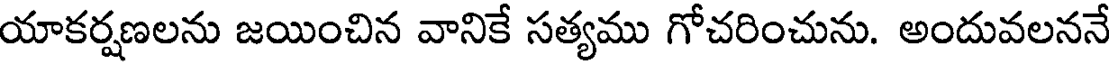
యాకర్షణలను జయించిన వానికే సత్యము గోచరించును. అందువలననే